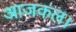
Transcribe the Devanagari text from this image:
आजकल।